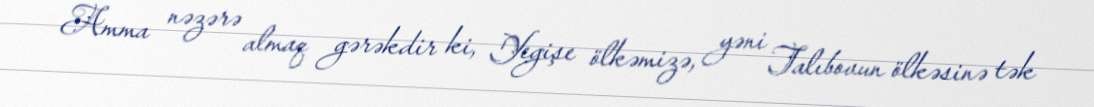
Amma nəzərə almaq gərəkdir ki, Yegişe ölkəmizə, yəni Talıbovun ölkəsinə tək